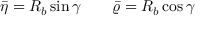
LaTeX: \bar { \eta } = R _ { b } \sin \gamma \quad \quad \bar { \varrho } = R _ { b } \cos \gamma